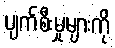
ပျက်စီးမှုများကို